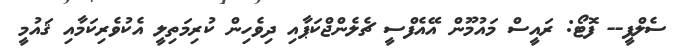
ސެލްފީ-- ފޮޓޯ: ރައީސް މައުމޫން އޭއެފްސީ ޗެލެންޖްކަޕާއި ދިވެހިން ކުރިމަތިލީ އެކުވެރިކަމާއި ޤައުމީ